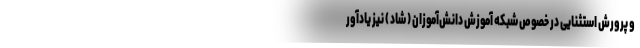
و پرورش استثنایی در خصوص شبکه آموزش دانش‌آموزان ( شاد ) نیز یادآور